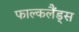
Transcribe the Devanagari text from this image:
फाल्कलैंड्स